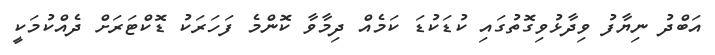
އަބްދު ނިޔާފު ވިދާޅުވިގޮތުގައި ކުޑަކުޑަ ކަމެއް ދިމާވާ ކޮންމެ ފަހަރަކު ޑޮކްޓަރަށް ދެއްކުމަކީ